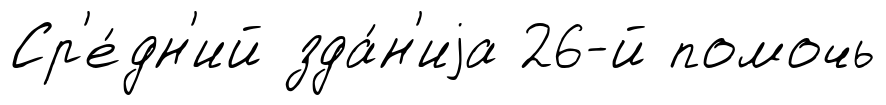
Ср'е́дн'ий зда́н'иjа 26-й помочь